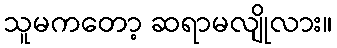
သူမကတော့ ဆရာမလျိုလား။